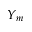
Y _ { m }